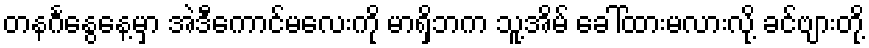
တနင်္ဂနွေနေ့မှာ အဲဒီကောင်မလေးကို မာရှိဘက သူ့အိမ် ခေါ်ထားမလားလို့ ခင်ဗျားတို့